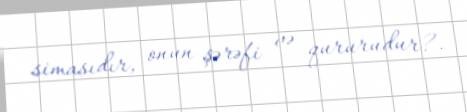
simasıdır, onun şərəfi və qururudur?.